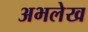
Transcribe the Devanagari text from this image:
अभलेख